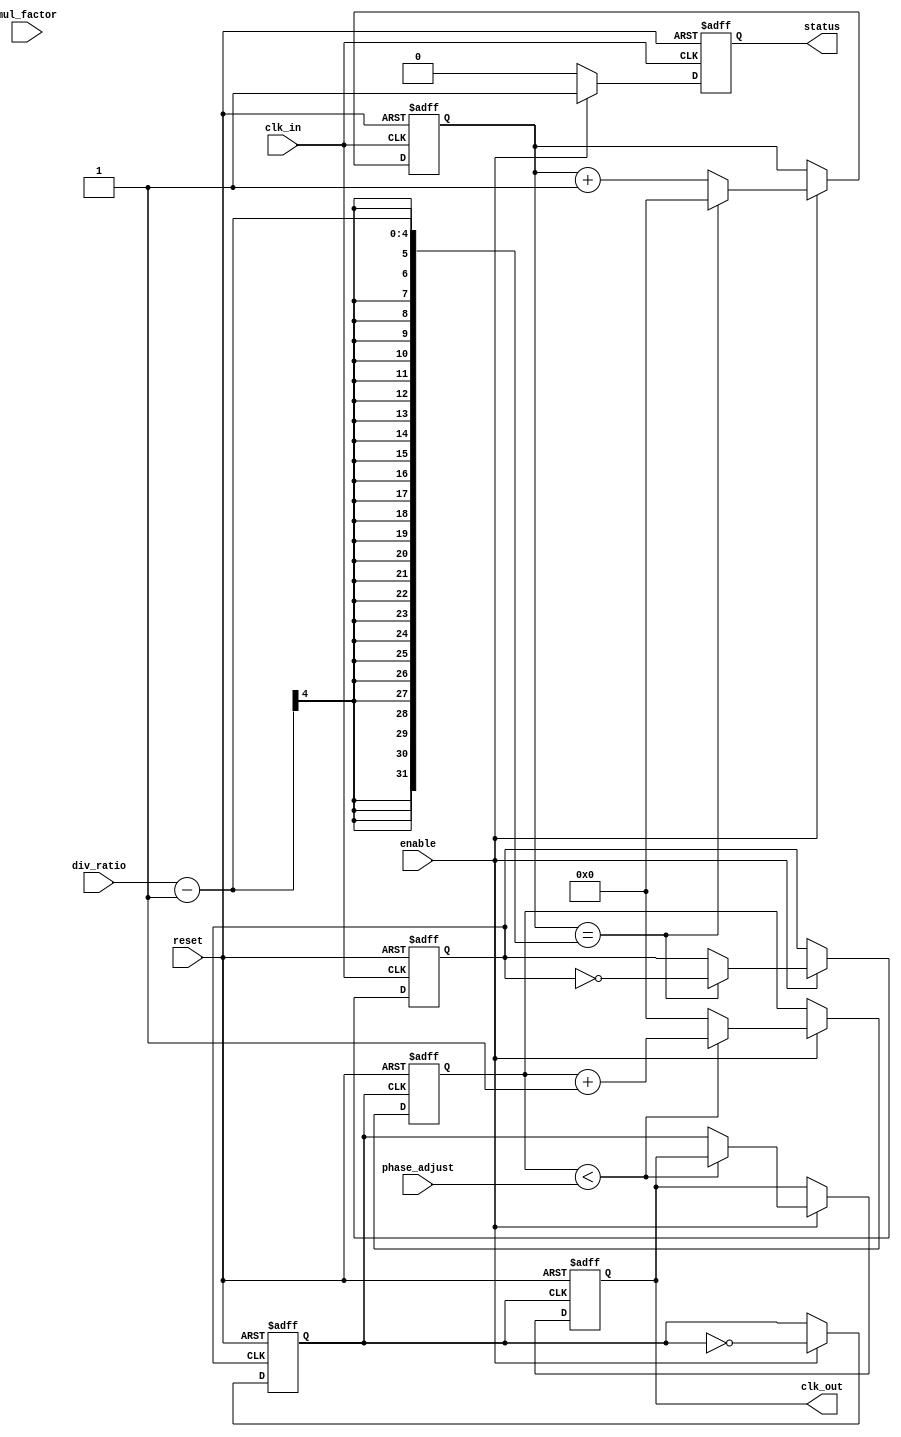
module programmable_clock_buffer (
    input wire clk_in,             // Input clock signal
    input wire [3:0] div_ratio,    // Division ratio for frequency division
    input wire [3:0] mul_factor,    // Multiplication factor for frequency multiplication
    input wire [3:0] phase_adjust,   // Phase adjustment value
    input wire enable,              // Enable signal
    input wire reset,               // Reset signal
    output reg clk_out,            // Output clock signal
    output reg status               // Status indicator
);

    // Internal signals
    reg [3:0] counter;              // Counter for frequency division
    reg [3:0] phase_counter;        // Counter for phase adjustment
    reg clk_div;                    // Divided clock signal
    reg clk_mul;                    // Multiplied clock signal

    // Frequency Division Logic
    always @(posedge clk_in or posedge reset) begin
        if (reset) begin
            counter <= 0;
            clk_div <= 0;
        end else if (enable) begin
            if (counter == div_ratio - 1) begin
                clk_div <= ~clk_div;  // Toggle divided clock
                counter <= 0;         // Reset counter
            end else begin
                counter <= counter + 1;
            end
        end
    end

    // Frequency Multiplication Logic (simple method)
    always @(posedge clk_div or posedge reset) begin
        if (reset) begin
            clk_mul <= 0;
        end else if (enable) begin
            clk_mul <= ~clk_mul;      // Toggle multiplied clock
        end
    end

    // Phase Adjustment Logic
    always @(posedge clk_mul or posedge reset) begin
        if (reset) begin
            phase_counter <= 0;
            clk_out <= 0;
        end else if (enable) begin
            if (phase_counter < phase_adjust) begin
                phase_counter <= phase_counter + 1;
            end else begin
                clk_out <= clk_mul;     // Output clock with phase adjustment
                phase_counter <= 0;      // Reset phase counter
            end
        end
    end

    // Status Logic
    always @(posedge clk_in or posedge reset) begin
        if (reset) begin
            status <= 0;             // Reset status
        end else if (enable) begin
            status <= 1;             // Indicate that the clock buffer is active
        end else begin
            status <= 0;             // Indicate that the clock buffer is inactive
        end
    end

endmodule